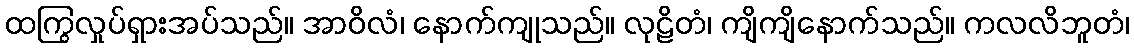
ထကြွလှုပ်ရှားအပ်သည်။ အာဝိလံ၊ နောက်ကျုသည်။ လုဠိတံ၊ ကျိကျိနောက်သည်။ ကလလိဘူတံ၊